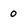
Character: 0